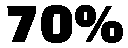
70%